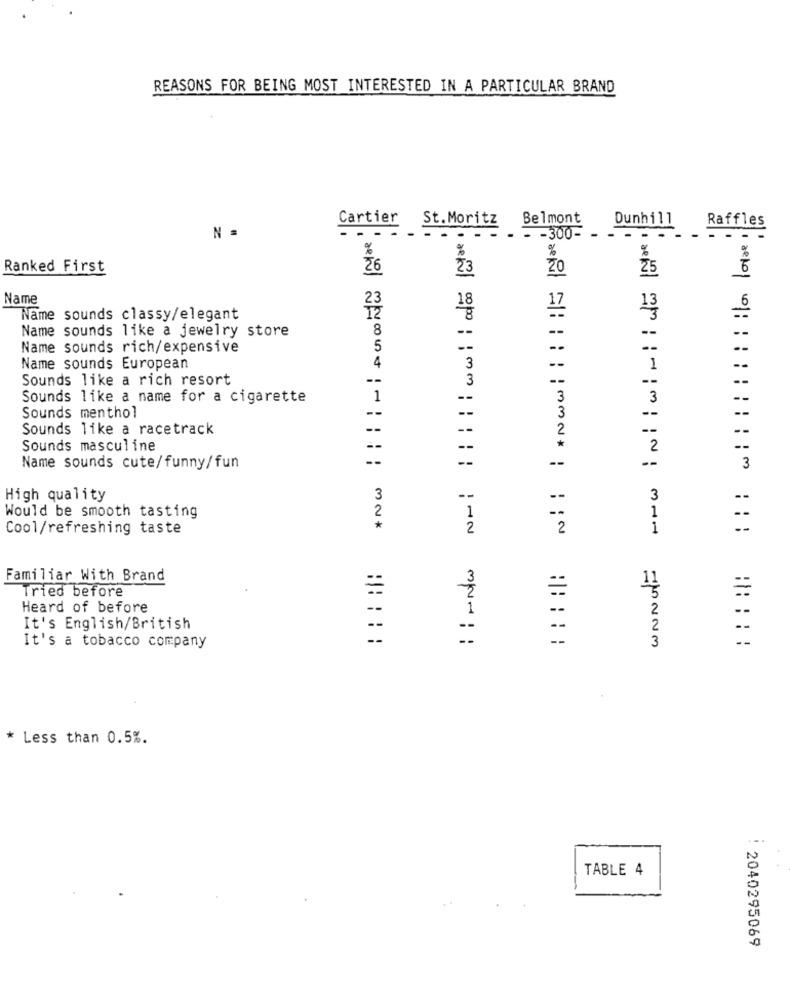
REASONS FOR BEING MOST INTERESTED IN A PARTICULAR BRAND
Cartier
St.Moritz
Belmont
Dunhill
Raffles
N =
- - 300-
- - -
%
%
%
Ranked First
26
23
20
25
Name
18
13
Name sounds classy/elegant
Name sounds like a jewelry store
8
--
--
Name sounds rich/expensive
5
--
--
--
Name sounds European
4
3
1
Sounds like a rich resort
--
3
--
Sounds like a name for a cigarette
1
--
3
3
Sounds menthol
--
Sounds like a racetrack
2
Sounds masculine
2
--
--
--
--
Name sounds cute/funny/fun
3
High quality
3
--
--
3
2
1
--
Would be smooth tasting
1
--
Cool/refreshing taste
2
1
--
Familiar With Brand
=
=
Tried before
Heard of before
2
It's English/British
--
--
:: : : :
--
3
It's a tobacco company
=MNNM
* Less than 0.5%.
TABLE 4
2040295069